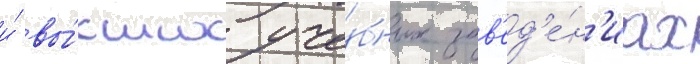
и́ вы́сших уче́бных зав'ед'е́н'иах